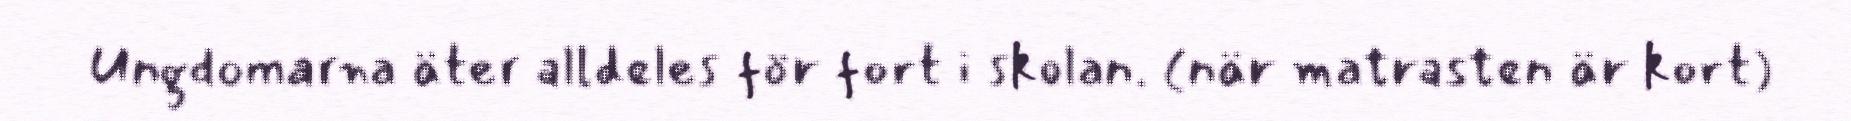
Ungdomarna äter alldeles för fort i skolan. (när matrasten är kort)